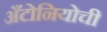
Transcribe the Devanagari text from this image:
अँटोनियोची